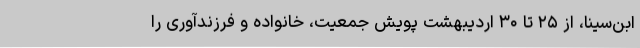
ابن‌سینا، از ۲۵ تا ۳۰ اردیبهشت پویش جمعیت، خانواده و فرزندآوری را